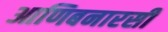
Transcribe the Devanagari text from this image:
आणिबनारसी